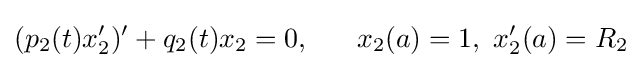
(p_{2}(t)x_{2}^{\prime })^{\prime }+q_{2}(t)x_{2}=0,\,\,\,\,\,\,\,\,\,\,x_{2}(a)=1,\,\,x_{2}^{\prime }(a)=R_{2}